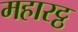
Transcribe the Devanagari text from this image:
महारट्ठ